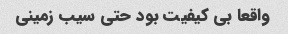
واقعا بی کیفیت بود حتی سیب زمینی